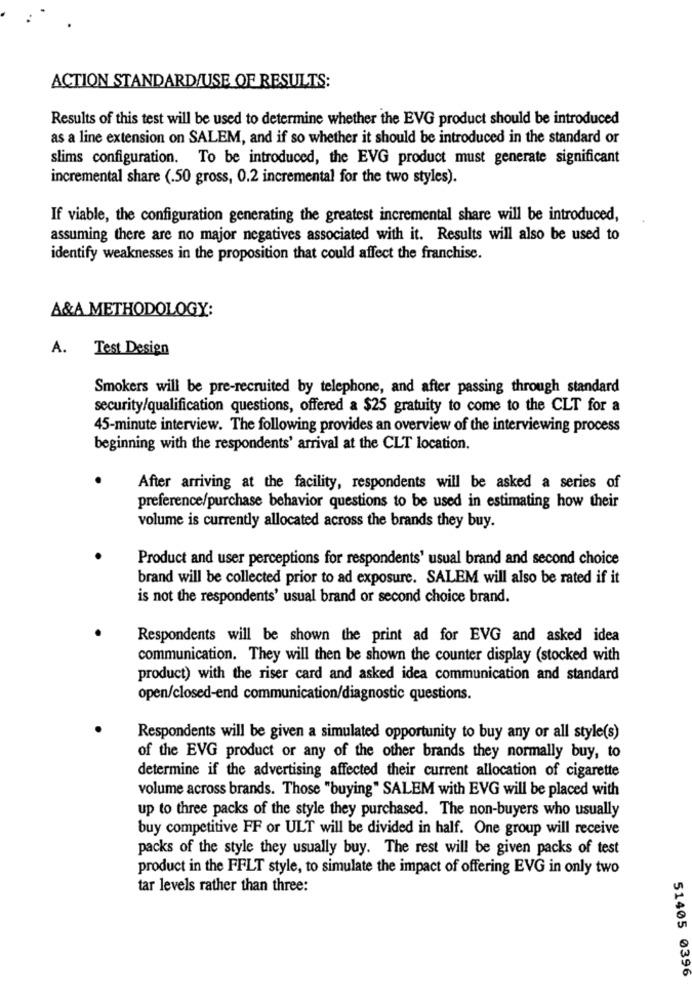
ACTION STANDARD/USE OF RESULTS:
Results of this test will be used to determine whether the EVG product should be introduced
as a line extension on SALEM, and if so whether it should be introduced in the standard or
slims configuration. To be introduced, the EVG product must generate significant
incremental share (.50 gross, 0.2 incremental for the two styles).
If viable, the configuration generating the greatest incremental share will be introduced,
assuming there are no major negatives associated with it. Results will also be used to
identify weaknesses in the proposition that could affect the franchise.
A&A METHODOLOGY:
A.
Test Design
Smokers will be pre-recruited by telephone, and after passing through standard
security/qualification questions, offered a $25 gratuity to come to the CLT for a
45-minute interview. The following provides an overview of the interviewing process
beginning with the respondents' arrival at the CLT location.
After arriving at the facility, respondents will be asked a series of
preference/purchase behavior questions to be used in estimating how their
volume is currently allocated across the brands they buy.
Product and user perceptions for respondents' usual brand and second choice
brand will be collected prior to ad exposure. SALEM will also be rated if it
is not the respondents' usual brand or second choice brand.
Respondents will be shown the print ad for EVG and asked idea
communication. They will then be shown the counter display (stocked with
product) with the riser card and asked idea communication and standard
open/closed-end communication/diagnostic questions.
Respondents will be given a simulated opportunity to buy any or all style(s)
of the EVG product or any of the other brands they normally buy, to
determine if the advertising affected their current allocation of cigarette
volume across brands. Those "buying" SALEM with EVG will be placed with
up to three packs of the style they purchased. The non-buyers who usually
buy competitive FF or ULT will be divided in half. One group will receive
packs of the style they usually buy. The rest will be given packs of test
product in the FFLT style, to simulate the impact of offering EVG in only two
tar levels rather than three:
51405 0396